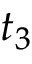
t _ { 3 }